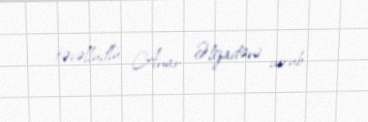
təvəllüdlü Anar Əlizadəni vurub.